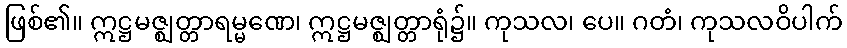
ဖြစ်၏။ ဣဋ္ဌမဇ္ဈတ္တာရမ္မဏေ၊ ဣဋ္ဌမဇ္ဈတ္တာရုံ၌။ ကုသလ၊ ပေ။ ဂတံ၊ ကုသလဝိပါက်